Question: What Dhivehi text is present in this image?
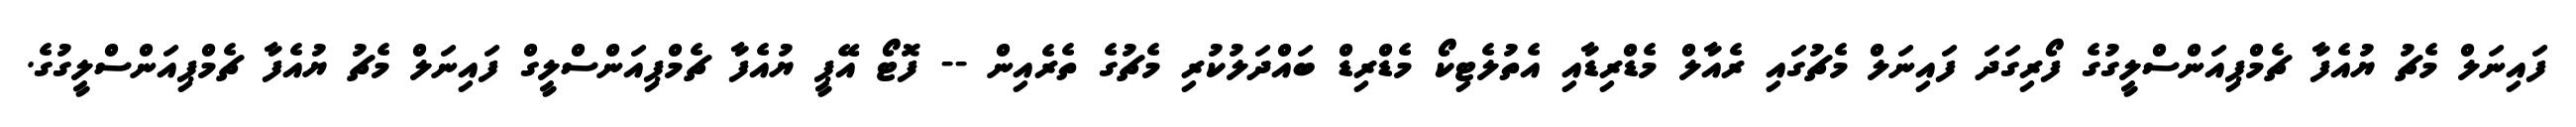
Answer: ފައިނަލް މެޗު ޔުއެފާ ޗެމްޕިއަންސްލީގުގެ ފޯރިގަދަ ފައިނަލް މެޗުގައި ރެއާލް މެޑްރިޑާއި އެތުލެޓިކޯ މެޑްރިޑް ބައްދަލުކުރި މެޗުގެ ތެރެއިން -- ފޮޓޯ އޭޕީ ޔުއެފާ ޗެމްޕިއަންސްލީގް ފައިނަލް މެޗު ޔުއެފާ ޗެމްޕިއަންސްލީގުގެ.